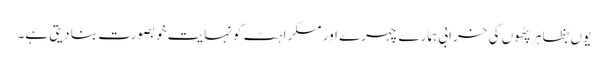
یوں بظاہر پٹھوں کی خرابی ہمارے چہرے اور مسکراہٹ کو نہایت خوبصورت بنا دیتی ہے۔